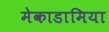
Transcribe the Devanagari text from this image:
मेकाडामिया